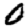
Digit: 0